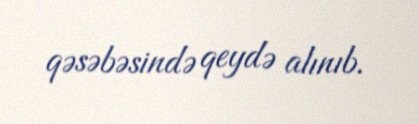
qəsəbəsində qeydə alınıb.